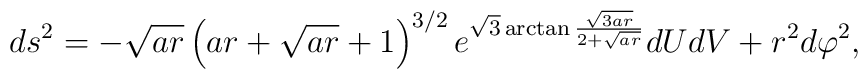
ds^2 = - \sqrt{ar}             \left( ar+\sqrt{ar}+1 \right)^{3/2}             e^{\sqrt{3} \arctan \frac{\sqrt{3ar}}{2+\sqrt{ar}}}             dUdV           + r^2 d\varphi^2,